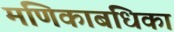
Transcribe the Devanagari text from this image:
मणिकाबंधिका